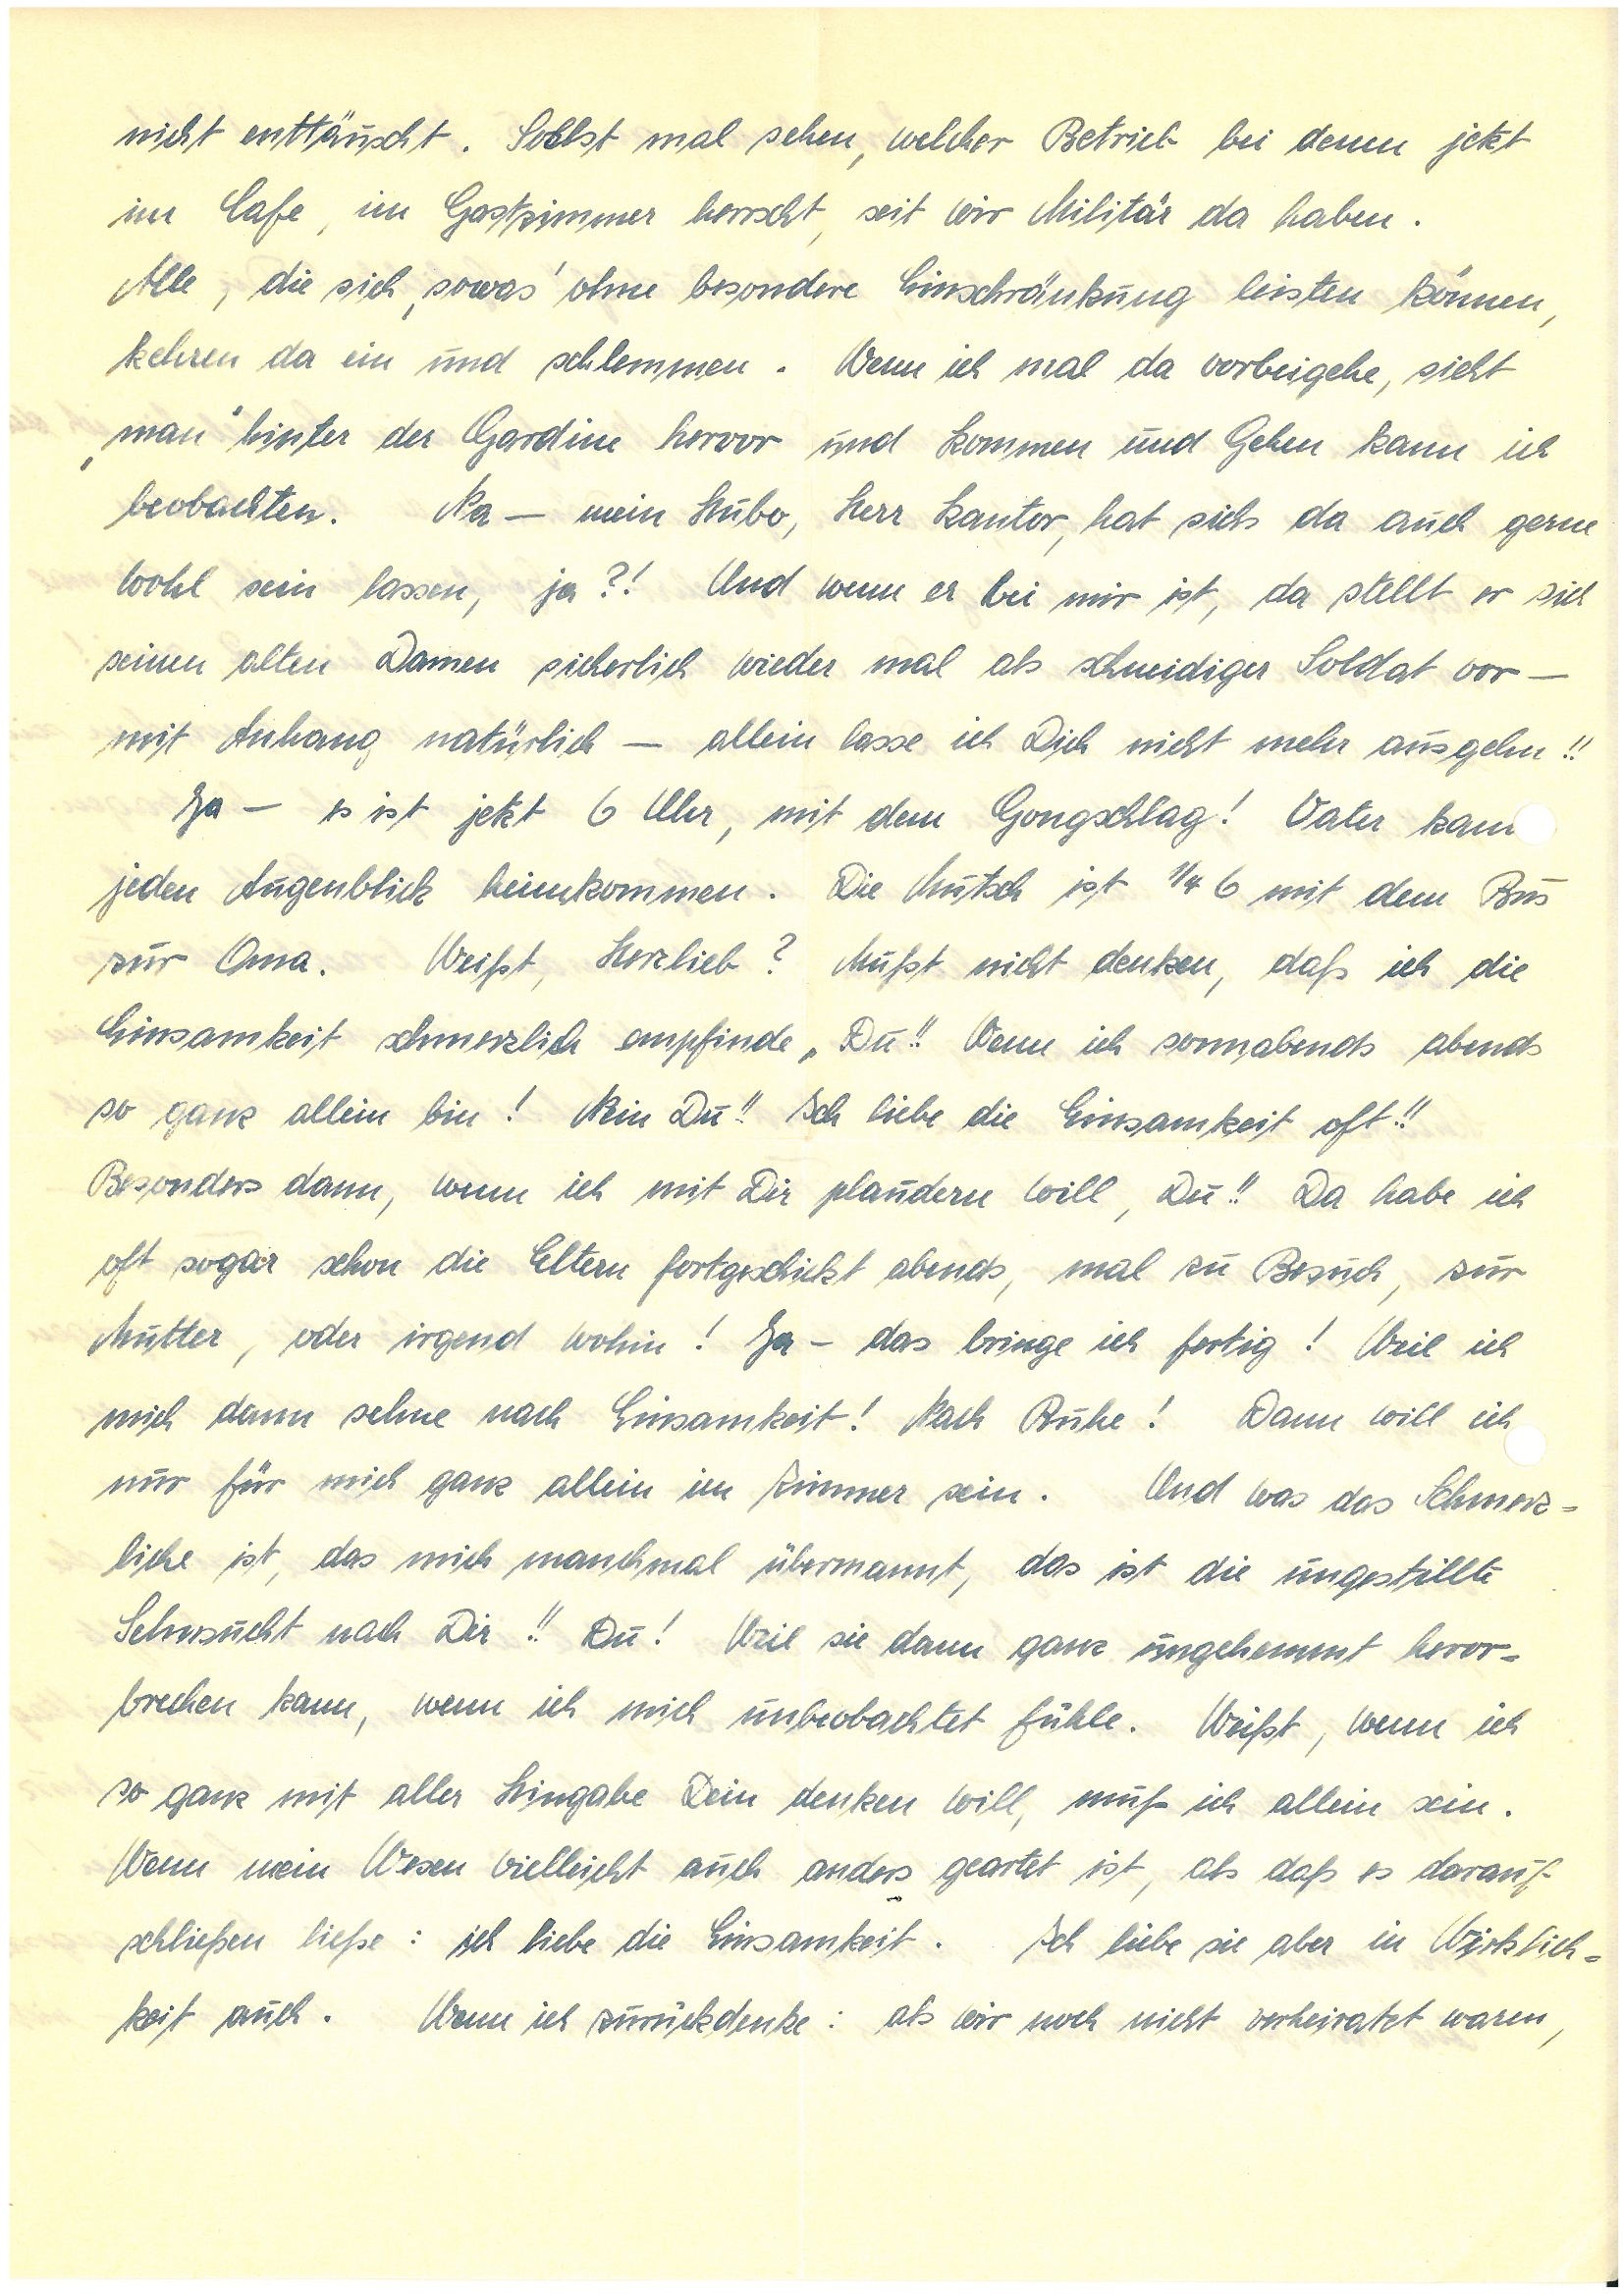
nicht enttäuscht. Sollst mal sehen, welcher Betrieb bei denen jetzt
im Cafe, im Gastzimmer herrscht, seit wir Militär da haben.
Alle, die sich ‚sowas’ ohne besondere Einschränkung leisten können,
kehren da ein und schlemmen. Wenn ich mal da vorbei gehe, sieht
‚man’ hinter der Gardine hervor und Kommen und Gehen kann ich
beobachten. Na – mein Hubo, Herr Kantor, hat sichs da auch gerne
wohl sein lassen, ja?! Und wenn er bei mir ist, da stellt er sich
seinen alten Damen sicherlich wieder mal als schneidiger Soldat vor –
mit Anhang natürlich – allein lasse ich Dich nicht mehr ausgehn!!
Ja – es ist jetzt 6 Uhr, mit dem Gongschlag! Vater kan
jeden Augenblick heimkommen. Die Mutsch ist 1/4 6 mit dem Bus
zur Oma. Weißt, Herzlieb? Mußt nicht denken, daß ich die
Einsamkeit schmerzlich empfinde, Du!! Wenn ich sonnabends abends
so ganz allein bin! Nein Du!! Ich liebe die Einsamkeit oft!!
Besonders dann, wenn ich mit Dir plaudern will, Du!! Da habe ich
oft sogar schon die Eltern fortgeschickt abends, mal zu Besuch, zur
Mutter, oder irgend wohin! Ja – das bringe ich fertig! Weil ich
mich dann sehne nach Einsamkeit! Nach Ruhe! Dann will ich
nur für mich ganz allein im Zimmer sein. Und was das Schmerz¬
liche ist, das mich manchmal übermannt, das ist die ungestillte
Sehnsucht nach Dir!! Du! Weil sie dann ganz ungehemmt hervor
brechen kann, wenn ich mich unbeobachtet fühle. Weißt, wenn ich
so ganz mit aller Hingabe Dein denken will, muß ich allein sein.
Wenn mein Wesen vielleicht auch anders geartet ist, als daß es darauf
schließen ließe: ich liebe die Einsamkeit. Ich liebe sie aber in Wirklich¬
keit auch. Wenn ich zurückdenke: als wir noch nicht verheiratet waren,